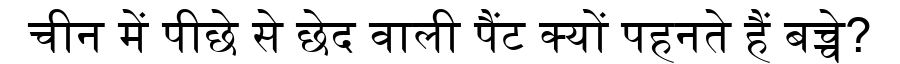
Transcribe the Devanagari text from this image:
चीन में पीछे से छेद वाली पैंट क्यों पहनते हैं बच्चे?